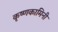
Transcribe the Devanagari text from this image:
कृष्णकामिनी